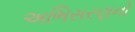
અભિસરણનો